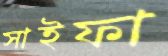
সাইফা